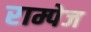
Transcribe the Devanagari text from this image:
राम्पेज